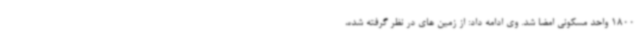
1800 واحد مسکونی امضا شد. وی ادامه داد: از زمین های در نظر گرفته شده،